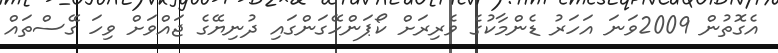
އެގޮތުން 2009ވަނަ އަހަރު ޑެންމާކުގެ ވެރިރަށް ކޯޕަންހޭގަންގައި ދުނިޔޭގެ ޖައްވަށް ވިހަ ގޭސްތައް